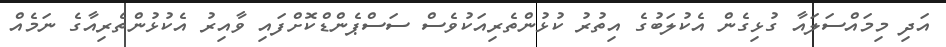
އަދި މިމައްސަލައާ ގުޅިގެން އެކުލަބުގެ އިތުރު ކުޅުންތެރިއަކުވެސް ސަސްޕެންޑްކޮށްފައި ވާއިރު އެކުޅުންތެރިއާގެ ނަމެއް